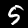
Label: 5